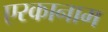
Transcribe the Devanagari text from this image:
एरकानाम